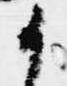
候